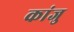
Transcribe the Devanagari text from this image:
कांजु